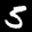
Label: 5